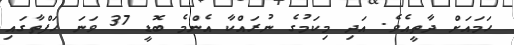
ހަމައަށް ދާތީއެވެ. އަދި މިކަމުގެ ނުރައްކާ އެންމެ ބޮޑީ 37 ވަނަ ހަފްތާގައި